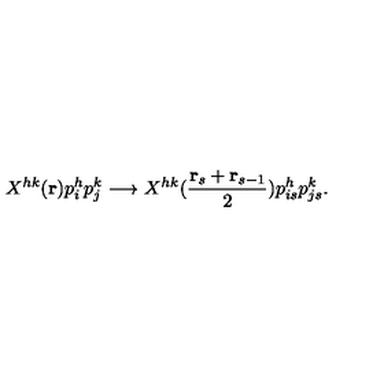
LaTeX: X ^ { h k } ( { \bf r } ) p _ { i } ^ { h } p _ { j } ^ { k } \longrightarrow X ^ { h k } ( { \frac { { \bf r } _ { s } + { \bf r } _ { s - 1 } } { 2 } } ) p _ { i s } ^ { h } p _ { j s } ^ { k } .